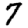
Digit: 7